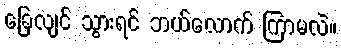
ခြေလျင် သွားရင် ဘယ်လောက် ကြာမလဲ။